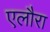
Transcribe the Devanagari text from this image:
एलौरा